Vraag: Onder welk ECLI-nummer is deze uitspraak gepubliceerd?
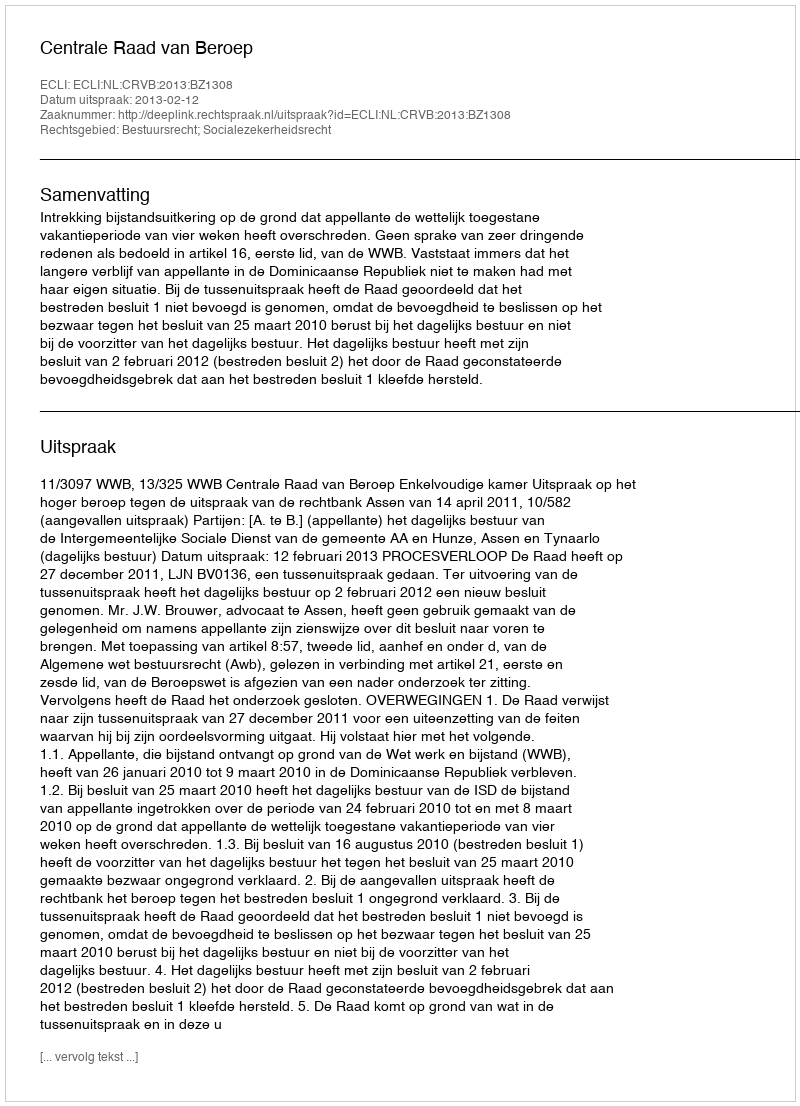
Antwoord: ECLI:NL:CRVB:2013:BZ1308